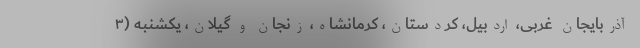
آذربایجان غربی، اردبیل، کردستان، کرمانشاه، زنجان و گیلان، یکشنبه (۳